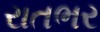
રાતભર